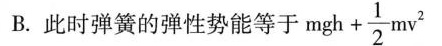
B. 此时弹簧的弹性势能等于 $$mgh+ \frac{1}{2}mv^{2}$$